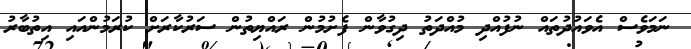
ނަމަވެސް އެވައުދުތައް ނުފުއްދި މުއްދަތު ދިގުވާން ފެށުމުން ރައްޔިތުން ސަރުކާރަށް ކުރަމުންއައި އިތުބާރު